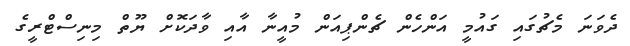
ދެވަނަ މެޗުގައި ގައުމީ އަންހެން ޗެންޕިއަން މުއީނާ އާއި ވާދަކޮށް ޔޫތް މިނިސްޓްރީގެ